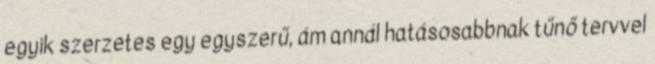
egyik szerzetes egy egyszerű, ám annál hatásosabbnak tűnő tervvel